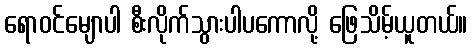
ရောဝင်မျောပါ စီးလိုက်သွားပါပကောလို့ ဖြေသိမ့်ယူတယ်။